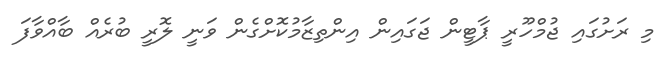
މި ރަށުގައި ޖުމްހޫރީ ޕާޓީން ޖަގައިން އިންތިޒާމުކޮށްގެން ވަނީ ލޮރީ ބުރެއް ބާއްވާފަ